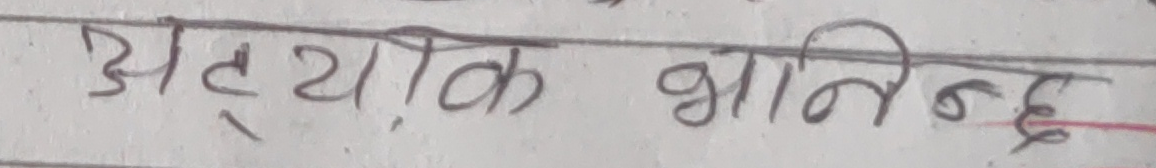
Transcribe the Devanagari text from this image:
अट्याक भानिन्दछ